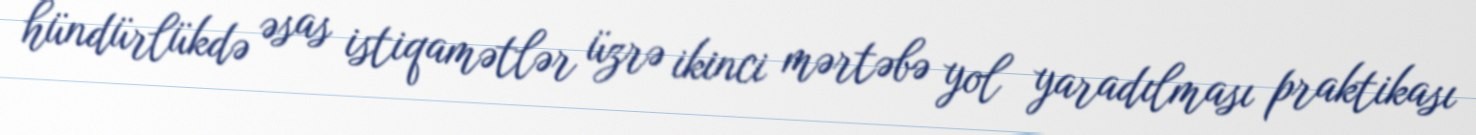
hündürlükdə əsas istiqamətlər üzrə ikinci mərtəbə yol yaradılması praktikası